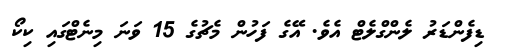
ޑިފެންޑަރު ލެންގްލެޓް އެވެ. އޭގެ ފަހުން މެޗުގެ 15 ވަނަ މިނެޓްގައި ކިކޯ